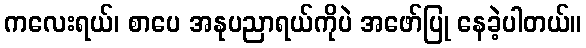
ကလေးရယ်၊ စာပေ အနုပညာရယ်ကိုပဲ အဖော်ပြု နေခဲ့ပါတယ်။